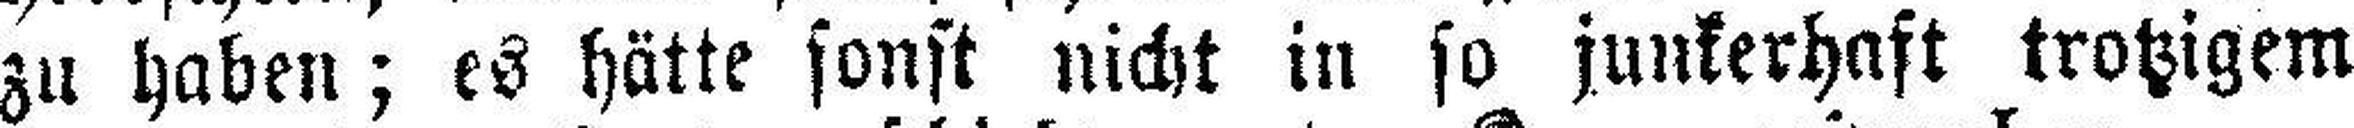
zu haben; es hätte sonst nicht in so junkerhaft trotzigem